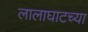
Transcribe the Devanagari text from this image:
लालाघाटच्या